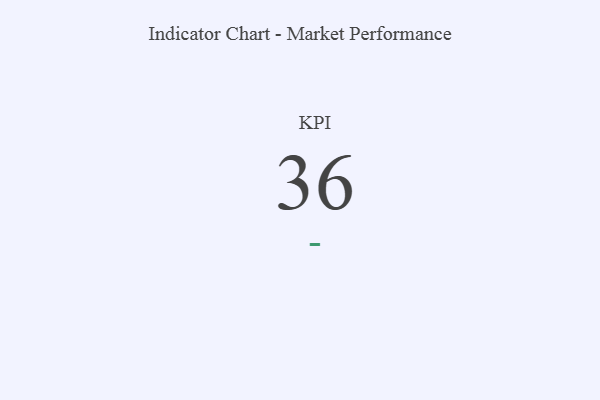
{"axis": {"x": "KPI", "y": "Value"}, "legend": [""], "data": [{"x": "KPI", "y": 36, "type": ""}]}